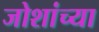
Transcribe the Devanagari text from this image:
जोशांच्या